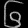
Digit: ၆